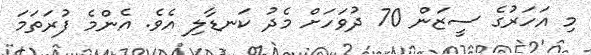
މި އަހަރުގެ ސީޒަން 70 ދުވަހަށް މެދު ކަނޑާލި އެވެ. އެންމެ ފުރަތަމަ